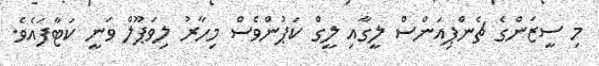
މި ސީޒަންގެ ޗެންޕިއަންސް ލީގާއި ލީގް ކަޕުންވެސް މިހާރު ލިވަޕޫލް ވަނީ ކަޓާފައެވެ.